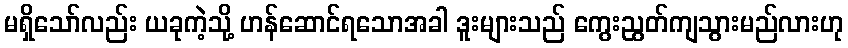
မရှိသော်လည်း ယခုကဲ့သို့ ဟန်ဆောင်ရသောအခါ ဒူးများသည် ကွေးညွတ်ကျသွားမည်လားဟု